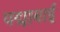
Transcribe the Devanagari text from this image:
पद्माबाई